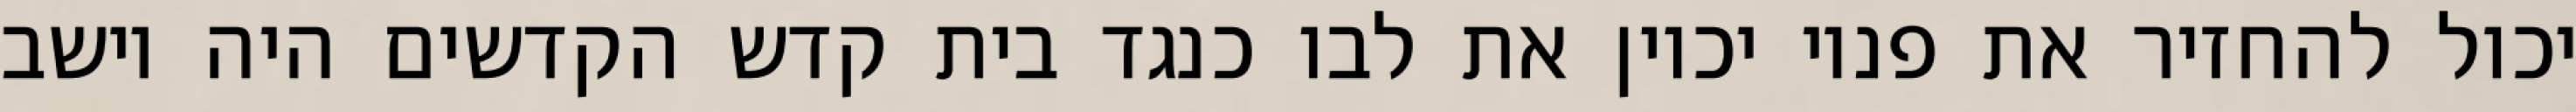
יכול להחזיר את פניו יכוין את לבו כנגד בית קדש הקדשים היה יושב